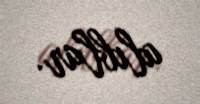
alıblar.